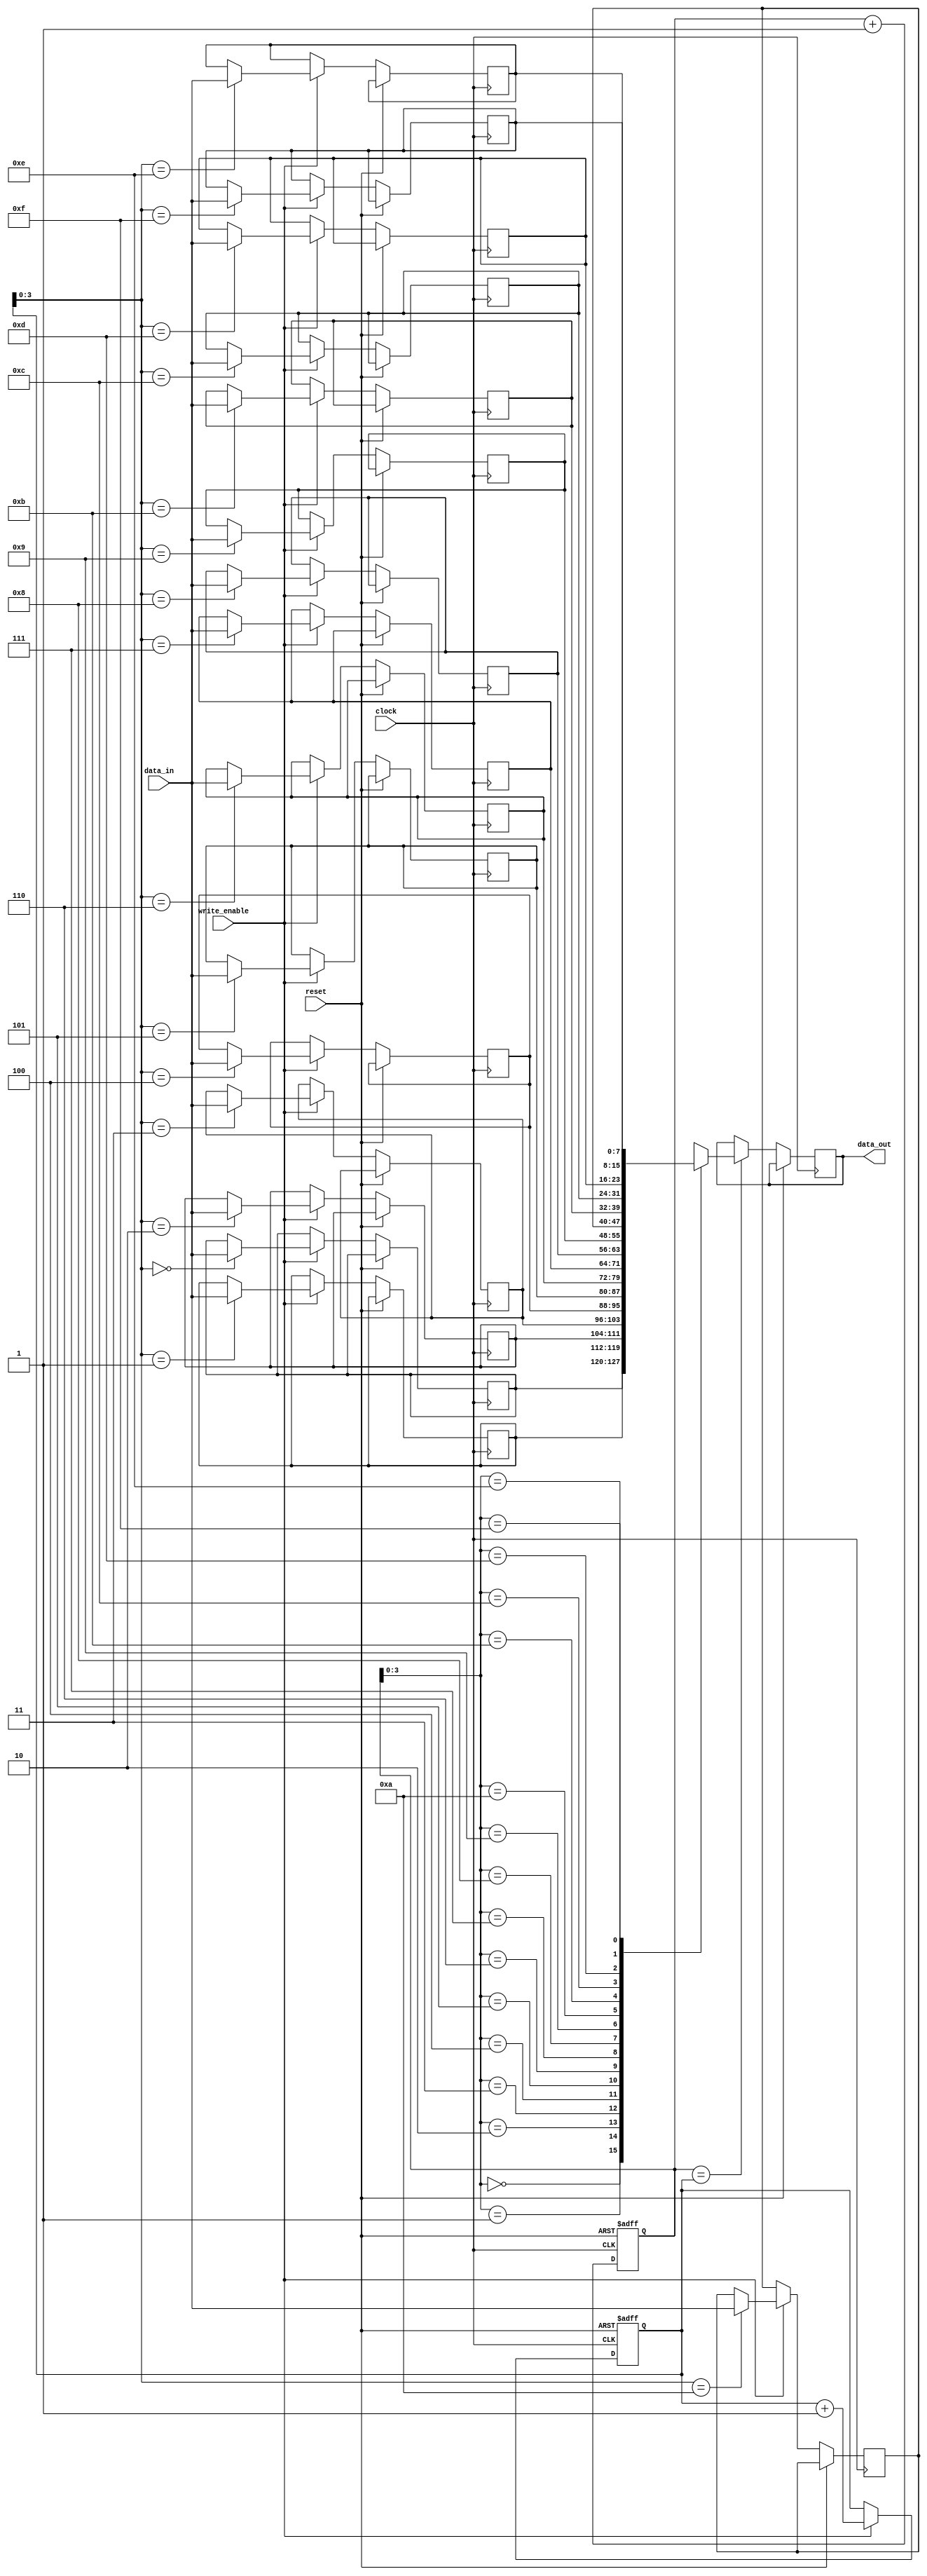
module first_word_fall_through_fifo (
    input clock,
    input reset,
    input write_enable,
    input [DATA_WIDTH-1:0] data_in,
    output reg [DATA_WIDTH-1:0] data_out
);

parameter FIFO_DEPTH = 16;
parameter DATA_WIDTH = 8;

reg [DATA_WIDTH-1:0] fifo [0:FIFO_DEPTH-1];
reg [FIFO_DEPTH-1:0] write_ptr, read_ptr;

always @ (posedge clock or posedge reset) begin
    if (reset) begin
        write_ptr <= 0;
        read_ptr <= 0;
    end else begin
        if (write_enable) begin
            fifo[write_ptr] <= data_in;
            write_ptr <= write_ptr + 1;
        end
        if (read_ptr == write_ptr) begin
            data_out <= fifo[read_ptr];
        end
        read_ptr <= read_ptr + 1;
    end
end

endmodule